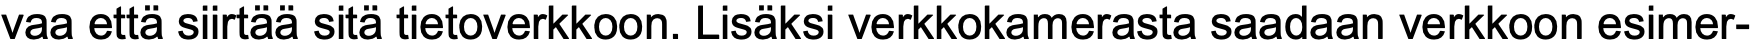
vaa että siirtää sitä tietoverkkoon. Lisäksi verkkokamerasta saadaan verkkoon esimer-